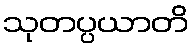
သုတပ္ပယာတိ